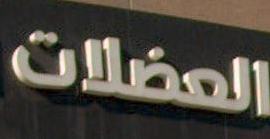
العضلات